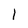
Character: 1